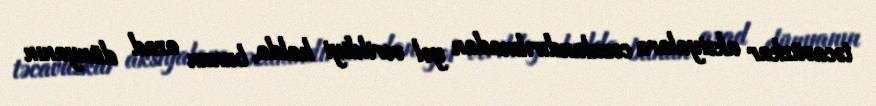
təcavüzkar aksiyalara cəzalandırılmadan yol verildiyi halda, bunun azad dünyanın